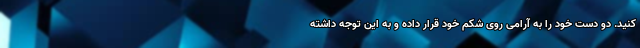
کنید. دو دست خود را به آرامی روی شکم خود قرار داده و به این توجه داشته